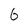
Character: 6